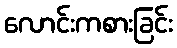
လောင်းကစားခြင်း